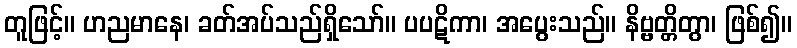
တူဖြင့်။ ဟညမာနေ၊ ခတ်အပ်သည်ရှိသော်။ ပပဋိကာ၊ အပွေးသည်။ နိဗ္ဗတ္တိတွာ၊ ဖြစ်၍။